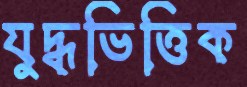
যুদ্ধভিত্তিক